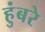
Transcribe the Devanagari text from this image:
हुंबरे